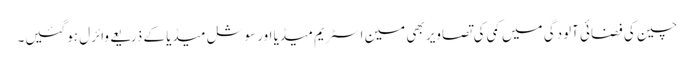
چین کی فضائی آلودگی میں کمی کی تصاویر بھی مین اسٹریم میڈیا اور سوشل میڈیا کے ذریعے وائرل ہوگئیں۔